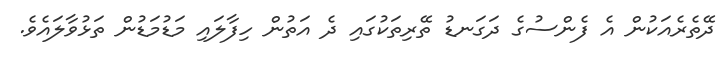
ދޭތެރެއަކުން އެ ފެންސުގެ ދަގަނޑު ތޭރިތަކުގައި ދެ އަތުން ހިފާލައި މަޑުމަޑުން ތަޅުވާލައެވެ.